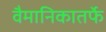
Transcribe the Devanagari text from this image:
वैमानिकातर्फे